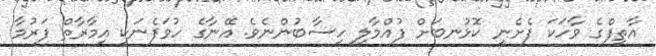
އާތިފްގެ ވާހަކަ ފެށެނީ ކޮޅުނބަށް ފުއްމާލި ހިސާބުންނެވެ. އޭނާގެ ހުވަފެނަކީ އިމާރާތް ފަރުމާ